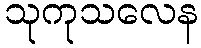
သုကုသလေန